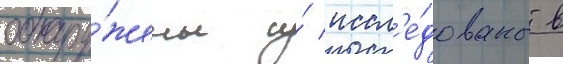
обнару́жены и́ иссл'е́дованы в